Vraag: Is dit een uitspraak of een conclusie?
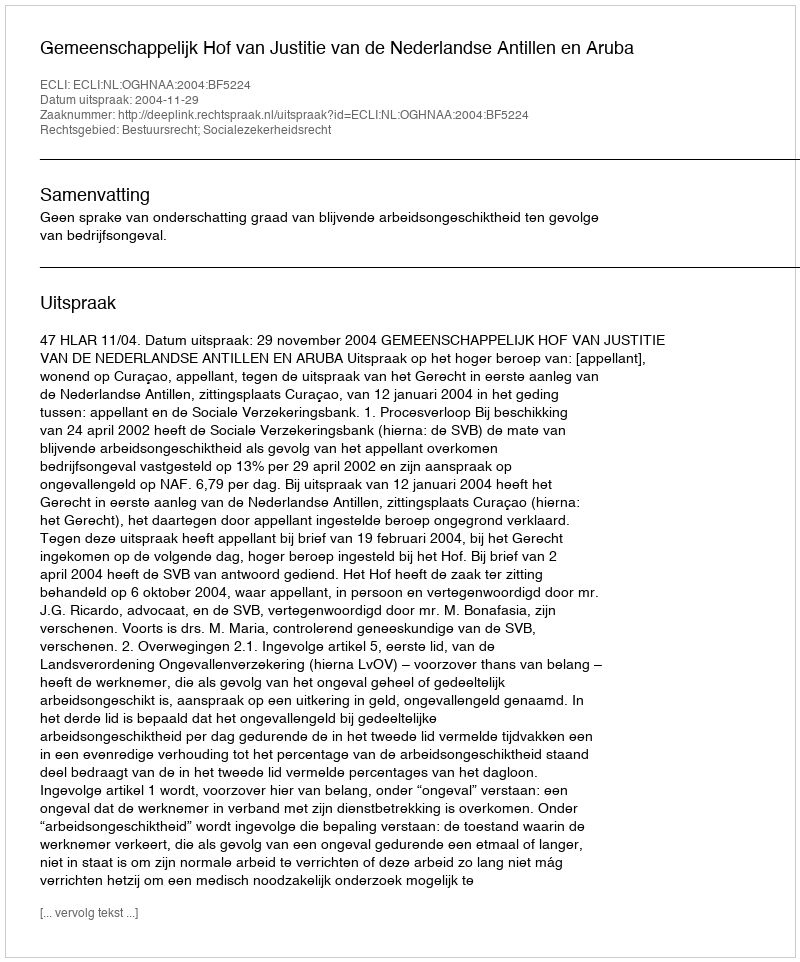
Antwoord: Uitspraak